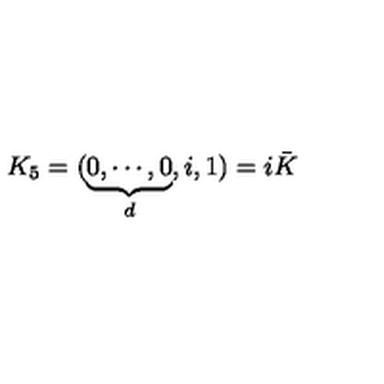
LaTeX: K _ { 5 } = ( \underbrace { 0 , \cdots , 0 } _ { d } , i , 1 ) = i \bar { K }